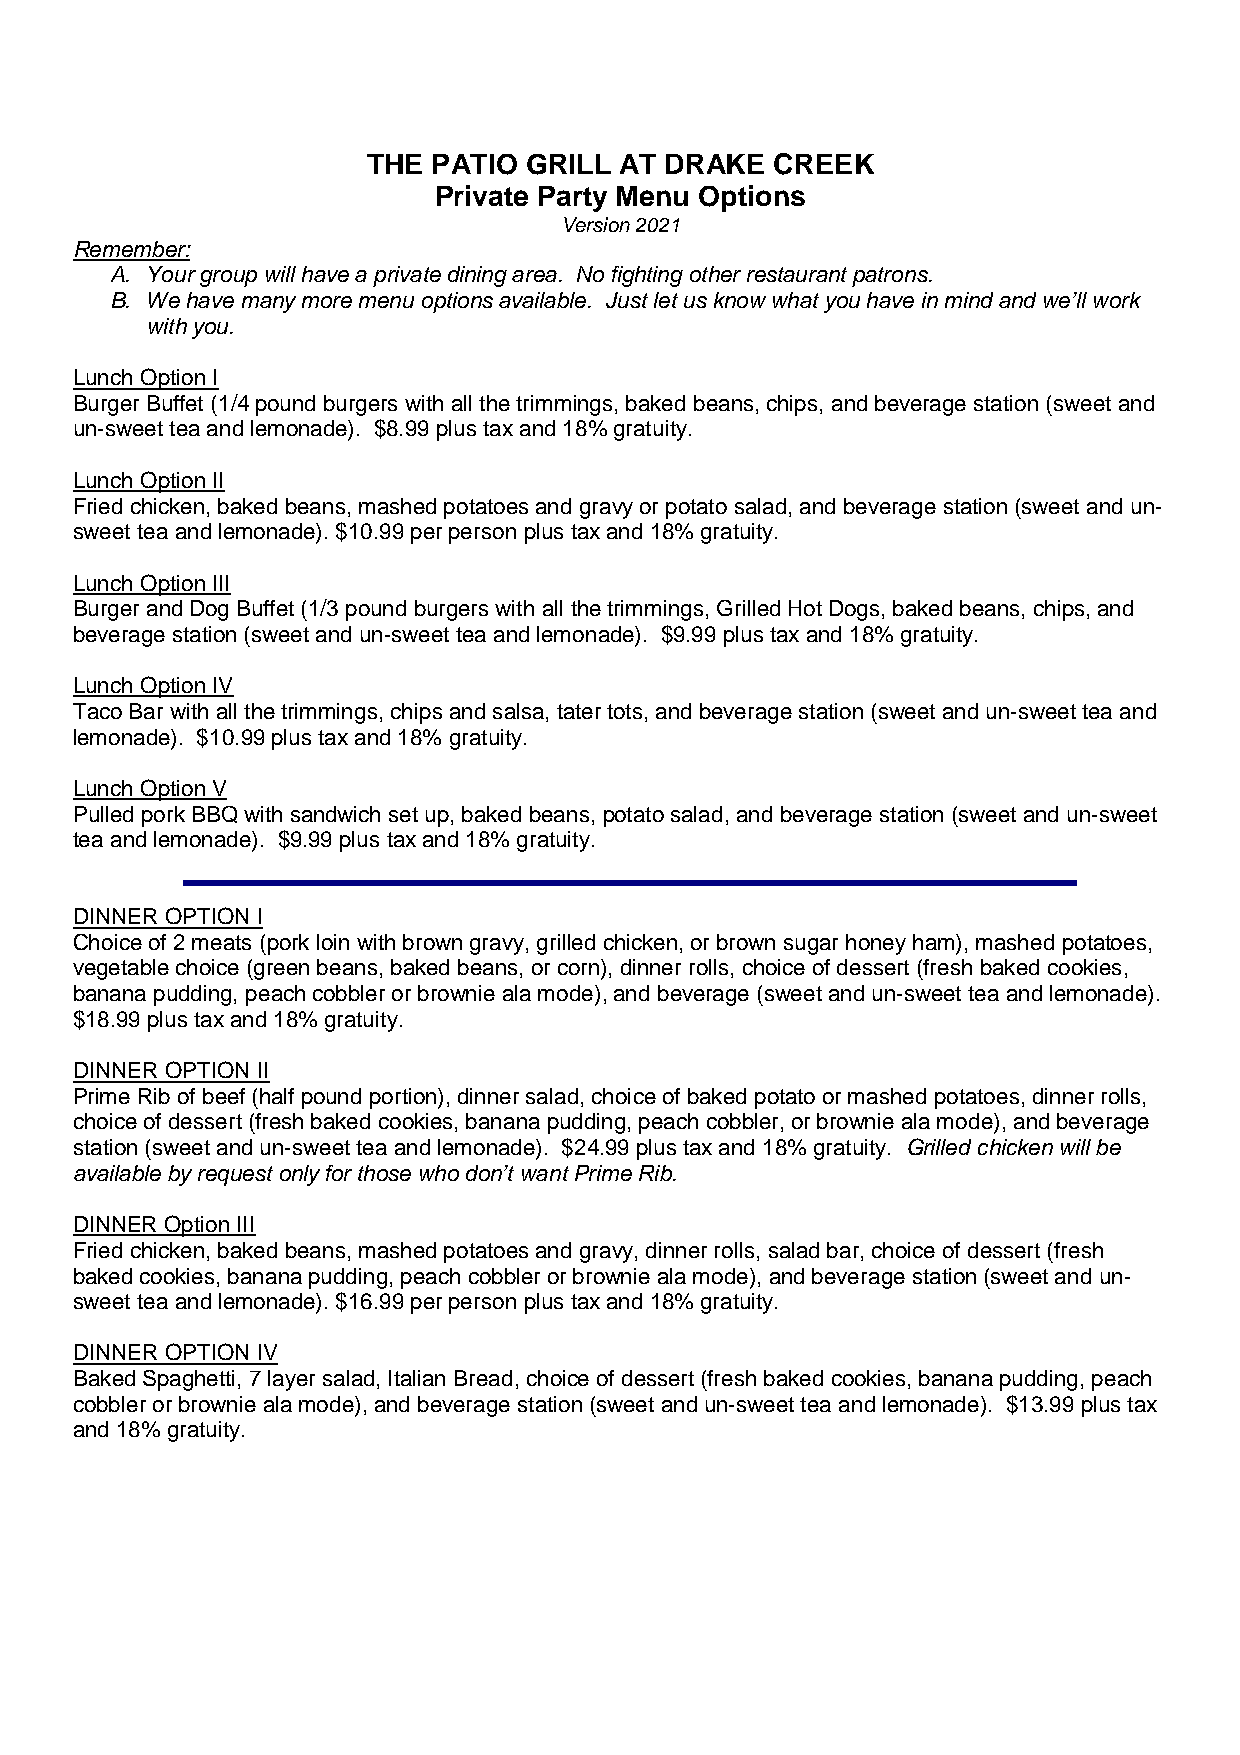
THE  PATIO GRILL AT DRAKE  CREEK
 Private Party Menu Options
 Version 2021
 Remember:
 A. Your group will have a private dining area. No fighting other restaurant patrons.
 B. We have many more menu options available. Just let us know what you have in mind and we’ll work
 with you.
 Lunch Option I
 Burger Buffet (1/4 pound burgers with all the trimmings, baked beans, chips, and beverage station (sweet and
 un-sweet tea and lemonade). $8.99 plus tax and 18% gratuity.
 Lunch Option II
 Fried chicken, baked beans, mashed potatoes and gravy or potato salad, and beverage station (sweet and un-
 sweet tea and lemonade). $10.99 per person plus tax and 18% gratuity.
 Lunch Option III
 Burger and Dog Buffet (1/3 pound burgers with all the trimmings, Grilled Hot Dogs, baked beans, chips, and
 beverage station (sweet and un-sweet tea and lemonade). $9.99 plus tax and 18% gratuity.
 Lunch Option IV
 Taco Bar with all the trimmings, chips and salsa, tater tots, and beverage station (sweet and un-sweet tea and
 lemonade). $10.99 plus tax and 18% gratuity.
 Lunch Option V
 Pulled pork BBQ with sandwich set up, baked beans, potato salad, and beverage station (sweet and un-sweet
 tea and lemonade). $9.99 plus tax and 18% gratuity.
 DINNER OPTION I
 Choice of 2 meats (pork loin with brown gravy, grilled chicken, or brown sugar honey ham), mashed potatoes,
 vegetable choice (green beans, baked beans, or corn), dinner rolls, choice of dessert (fresh baked cookies,
 banana pudding, peach cobbler or brownie ala mode), and beverage (sweet and un-sweet tea and lemonade).
 $18.99 plus tax and 18% gratuity.
 DINNER OPTION II
 Prime Rib of beef (half pound portion), dinner salad, choice of baked potato or mashed potatoes, dinner rolls,
 choice of dessert (fresh baked cookies, banana pudding, peach cobbler, or brownie ala mode), and beverage
 station (sweet and un-sweet tea and lemonade). $24.99 plus tax and 18% gratuity. Grilled chicken will be
 available by request only for those who don’t want Prime Rib.
 DINNER Option III
 Fried chicken, baked beans, mashed potatoes and gravy, dinner rolls, salad bar, choice of dessert (fresh
 baked cookies, banana pudding, peach cobbler or brownie ala mode), and beverage station (sweet and un-
 sweet tea and lemonade). $16.99 per person plus tax and 18% gratuity.
 DINNER OPTION IV
 Baked Spaghetti, 7 layer salad, Italian Bread, choice of dessert (fresh baked cookies, banana pudding, peach
 cobbler or brownie ala mode), and beverage station (sweet and un-sweet tea and lemonade). $13.99 plus tax
 and 18% gratuity.